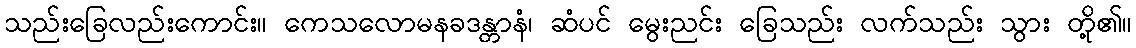
သည်းခြေလည်းကောင်း။ ကေသလောမနခဒန္တာနံ၊ ဆံပင် မွေးညင်း ခြေသည်း လက်သည်း သွား တို့၏။